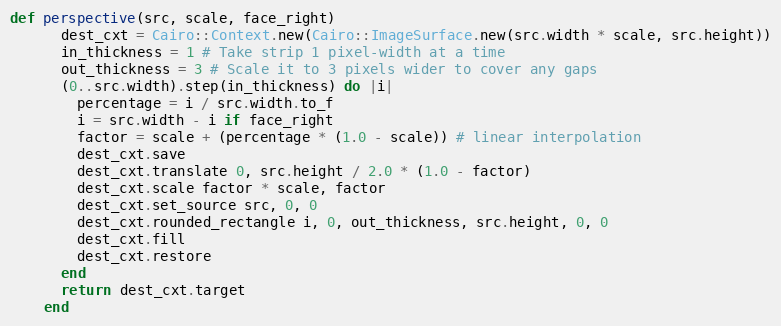
Language: Ruby
def perspective(src, scale, face_right)
      dest_cxt = Cairo::Context.new(Cairo::ImageSurface.new(src.width * scale, src.height))
      in_thickness = 1 # Take strip 1 pixel-width at a time
      out_thickness = 3 # Scale it to 3 pixels wider to cover any gaps
      (0..src.width).step(in_thickness) do |i|
        percentage = i / src.width.to_f
        i = src.width - i if face_right
        factor = scale + (percentage * (1.0 - scale)) # linear interpolation
        dest_cxt.save
        dest_cxt.translate 0, src.height / 2.0 * (1.0 - factor)
        dest_cxt.scale factor * scale, factor
        dest_cxt.set_source src, 0, 0
        dest_cxt.rounded_rectangle i, 0, out_thickness, src.height, 0, 0
        dest_cxt.fill
        dest_cxt.restore
      end
      return dest_cxt.target
    end